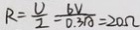
R = \frac { U } { I } = \frac { 6 V } { 0 . 3 A } = 2 0 \Omega